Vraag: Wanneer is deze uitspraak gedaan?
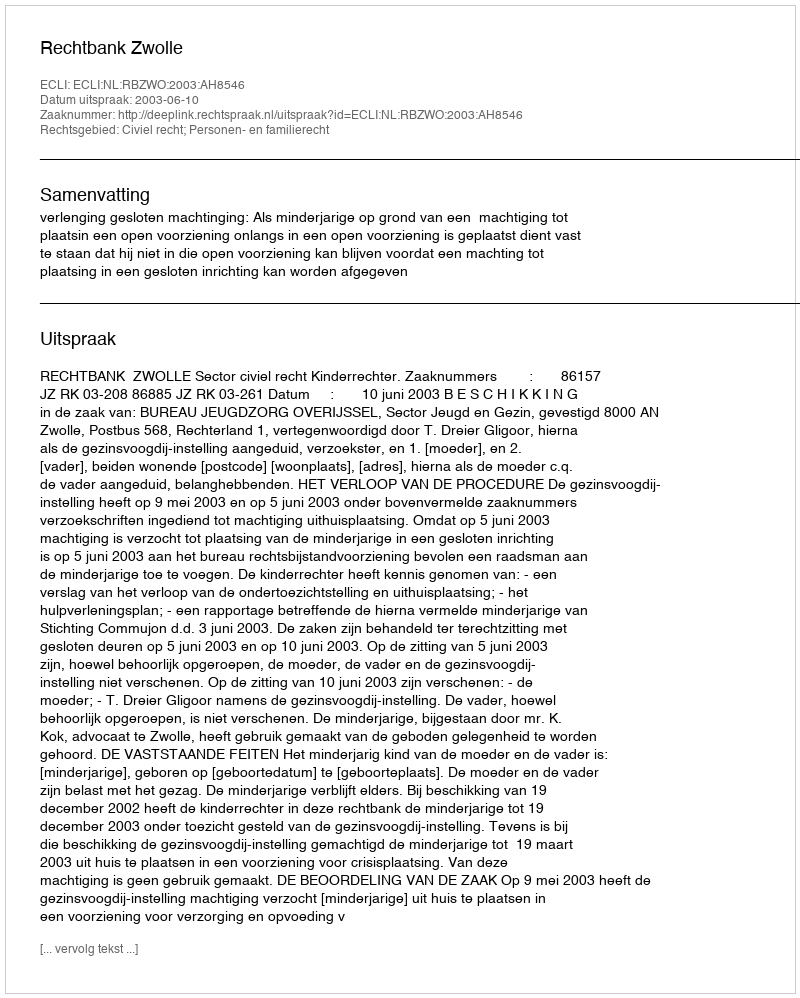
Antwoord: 2003-06-10